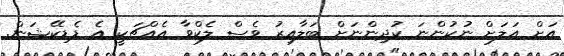
އަށް އަލަށް ނުކުންނަ ކުދިންނަށް ބަލާއިރު ވެސް ލެކްވާ އެއްޗަކީ އެ ޑެޑިކޭޝަން.